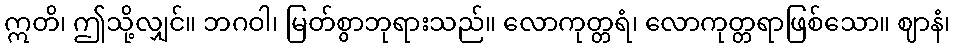
ဣတိ၊ ဤသို့လျှင်။ ဘဂဝါ၊ မြတ်စွာဘုရားသည်။ လောကုတ္တရံ၊ လောကုတ္တရာဖြစ်သော။ ဈာနံ၊